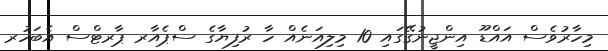
މިހާރުވެސް އައްޑޫ އިންޖީނުގޭގައި 10 މިލިއަނެއް ހާ ރުފިޔާގެ ސްޕެއާރ ޕާރޓްސް އެބަހުރ